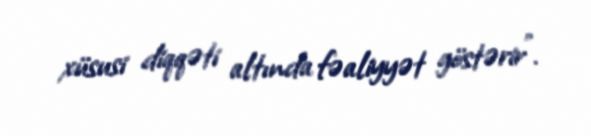
xüsusi diqqəti altında fəaliyyət göstərir”.